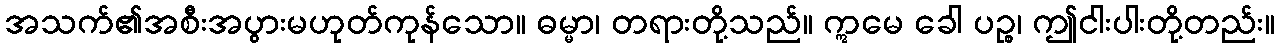
အသက်၏အစီးအပွားမဟုတ်ကုန်သော။ ဓမ္မာ၊ တရားတို့သည်။ ဣမေ ခေါ ပဉ္စ၊ ဤငါးပါးတို့တည်း။